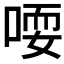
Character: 𫪱